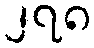
၂၇၈